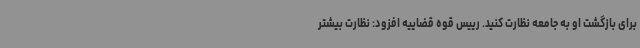
برای بازگشت او به جامعه نظارت کنید. رییس قوه قضاییه افزود: نظارت بیشتر